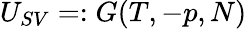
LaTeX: U_{SV}=:G(T,-p,N)